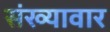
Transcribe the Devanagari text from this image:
संख्यावार